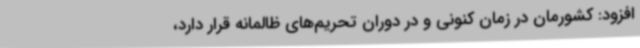
افزود: کشورمان در زمان کنونی و در دوران تحریم‌های ظالمانه قرار دارد،